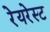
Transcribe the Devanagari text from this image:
रेयरेस्ट